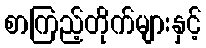
စာကြည့်တိုက်များနှင့်